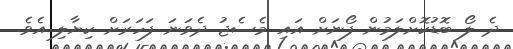
ދެ ލޯ ބޮޑުކޮށްލަމުން ފޯނަށް އައި މެސެޖު ދެވަނަ ފަހަރަށް ކިޔާލި އެވެ.